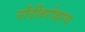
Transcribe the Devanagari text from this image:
नोंदींबरोबरच